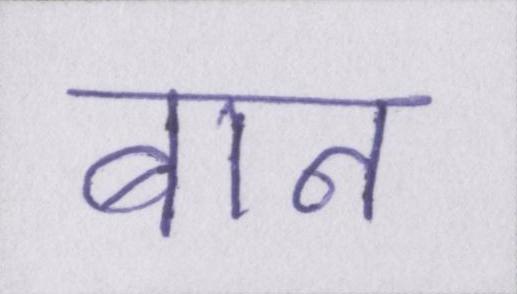
बान